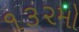
૧૩૨મો